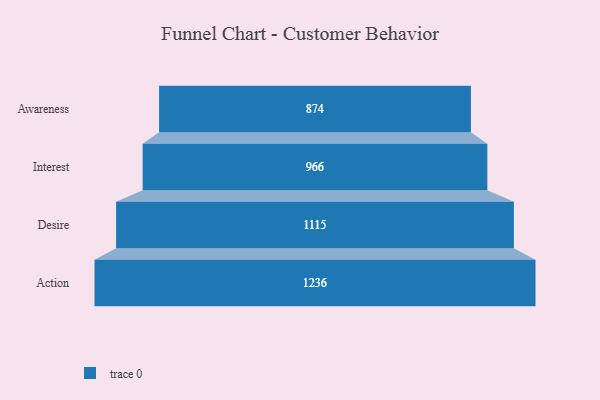
{"axis": {"x": "Stage", "y": "Value"}, "legend": [""], "data": [{"x": "Awareness", "y": 874.0, "type": ""}, {"x": "Interest", "y": 966.0, "type": ""}, {"x": "Desire", "y": 1115.0, "type": ""}, {"x": "Action", "y": 1236.0, "type": ""}]}